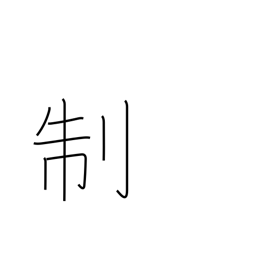
Meaning: system